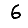
Digit: 6